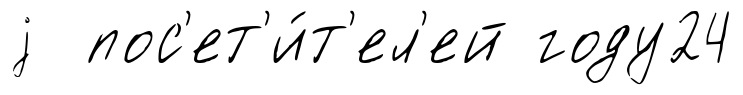
j пос'ет'и́т'ел'ей году24